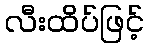
လီးထိပ်ဖြင့်